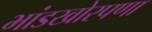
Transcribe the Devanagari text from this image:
भांडखोरपणा